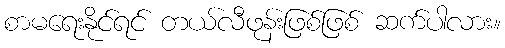
စာမရေးနိုင်ရင် တယ်လီဖုန်းဖြစ်ဖြစ် ဆက်ပါလား။